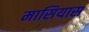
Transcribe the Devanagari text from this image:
मासियास